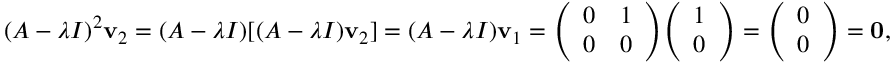
( A - \lambda I ) ^ { 2 } \mathbf { v } _ { 2 } = ( A - \lambda I ) [ ( A - \lambda I ) \mathbf { v } _ { 2 } ] = ( A - \lambda I ) \mathbf { v } _ { 1 } = { \left( \begin{array} { l l } { 0 } & { 1 } \\ { 0 } & { 0 } \end{array} \right) } { \left( \begin{array} { l } { 1 } \\ { 0 } \end{array} \right) } = { \left( \begin{array} { l } { 0 } \\ { 0 } \end{array} \right) } = \mathbf { 0 } ,